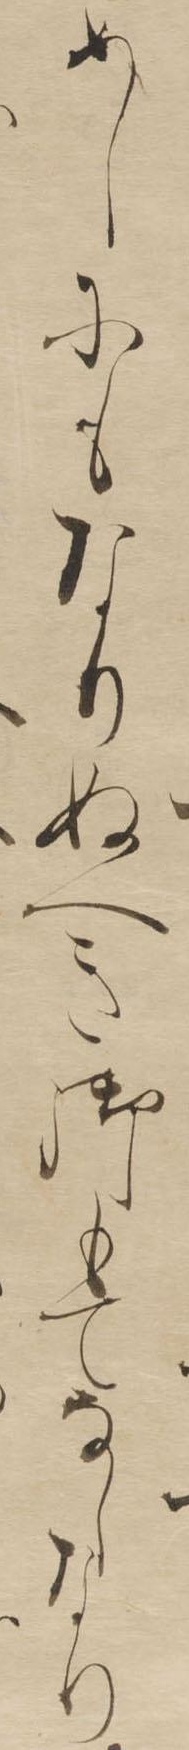
めしにもなりぬへき御もてなしなり